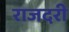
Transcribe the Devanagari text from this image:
राजदरी